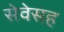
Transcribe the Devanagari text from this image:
सेवेसह